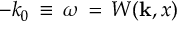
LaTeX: - k _ { 0 } { \, } \equiv { \, } \omega { \, } = { \, } W ( { \bf k } , x )